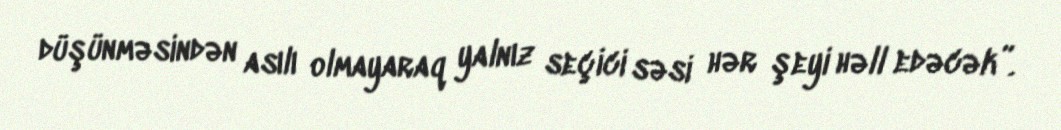
düşünməsindən asılı olmayaraq yalnız seçici səsi hər şeyi həll edəcək”.